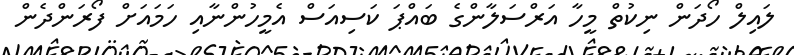
ލައިލް ހޯދަން ނިކުތް މީހާ އަރްސަލާންގެ ބައްޕަ ކަސިއަސް އެމީހުންނާއި ހަމައަށް ފޯރަންދެން